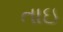
તાઇ